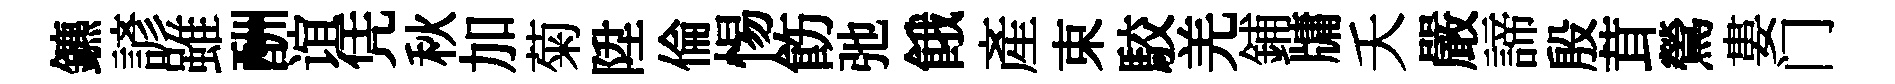
鑣諺雖酬谊凭秋加菊陞倫惕飭弛餓産束駮羌鋪牗夭嚴諦殷茸鶯婁门